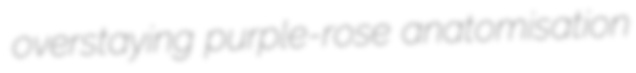
overstaying purple-rose anatomisation